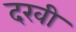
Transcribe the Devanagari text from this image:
दखी